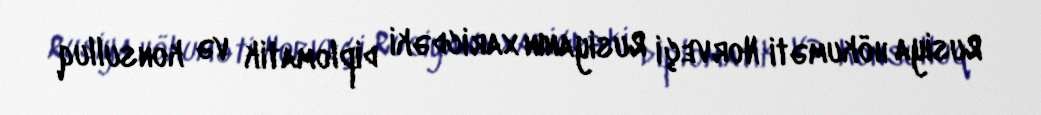
Rusiya hökuməti Norveçi Rusiyanın xaricdəki diplomatik və konsulluq